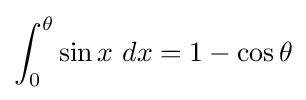
\int _{0}^{\theta }\sin x\ dx=1-\cos \theta